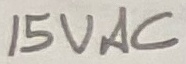
Text: 15VAC